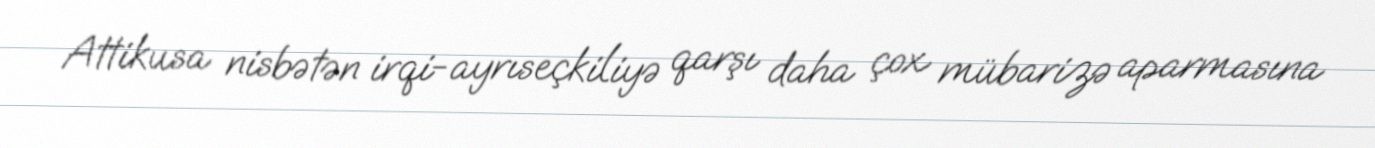
Attikusa nisbətən irqi-ayrıseçkiliyə qarşı daha çox mübarizə aparmasına